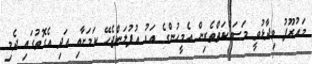
މައުރޫފު ވިދާޅުވީ މަސައްކަތްތެރިން އެމީހުންގެ އަޑު އުފުލަންޖެހޭ ކަމަށާއި އަދި އެގޮތުގައި ދެމިި